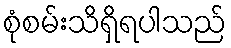
စုံစမ်းသိရှိရပါသည်